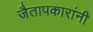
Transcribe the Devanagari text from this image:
जैतापकारांनी